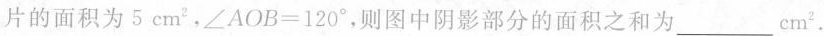
片的面积为5cm^{2} ，$$∠ A O B = 1 2 0 °$$，则图中阴影部分的面积之和为___cm^{2} .